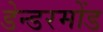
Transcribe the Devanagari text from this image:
डेन्डरमोंड